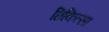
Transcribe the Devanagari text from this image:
छिकित्सा